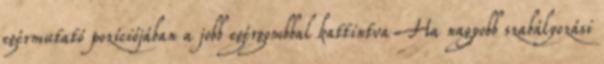
egérmutató pozíciójában a jobb egérgombbal kattintva Ha nagyobb szabályozási